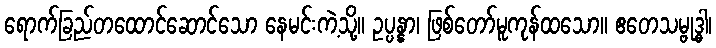
ရောက်ခြည်တထောင်ဆောင်သော နေမင်းကဲ့သို့။ ဥပ္ပန္နာ၊ ဖြစ်တော်မူကုန်ထသော။ ဧတေသမ္ဗုဒ္ဓါ၊